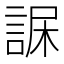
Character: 𧨇